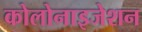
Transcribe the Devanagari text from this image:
कोलोनाइजेशन